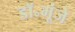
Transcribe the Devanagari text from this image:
डॉ॰मूंजे